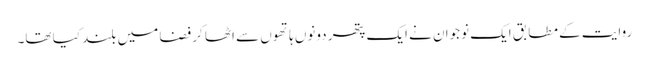
روایت کے مطابق ایک نوجوان نے ایک پتھر دونوں ہاتھوں سے اٹھا کر فضا میں بلند کیا تھا۔